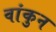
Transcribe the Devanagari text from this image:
वांकुन